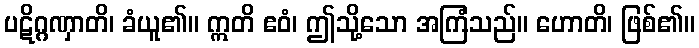
ပဋိဂ္ဂဏှာတိ၊ ခံယူ၏။ ဣတိ ဧဝံ၊ ဤသို့သော အကြံသည်။ ဟောတိ၊ ဖြစ်၏။